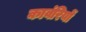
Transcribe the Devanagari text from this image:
कावंरियों